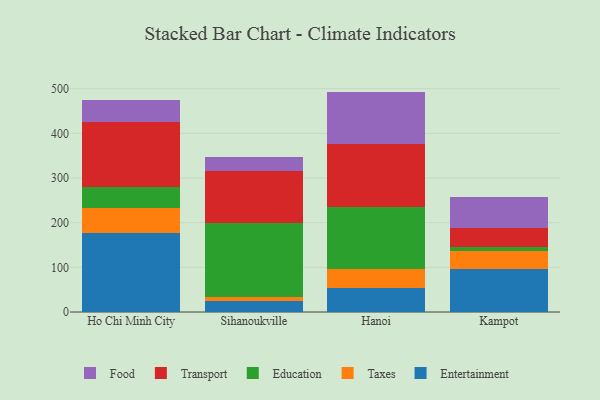
{"axis": {"x": "City", "y": "Humidity (%)"}, "legend": ["Education", "Entertainment", "Food", "Taxes", "Transport"], "data": [{"x": "Ho Chi Minh City", "y": 177.1, "type": "Entertainment"}, {"x": "Ho Chi Minh City", "y": 56.4, "type": "Taxes"}, {"x": "Ho Chi Minh City", "y": 45.6, "type": "Education"}, {"x": "Ho Chi Minh City", "y": 147.4, "type": "Transport"}, {"x": "Ho Chi Minh City", "y": 48.2, "type": "Food"}, {"x": "Sihanoukville", "y": 23.9, "type": "Entertainment"}, {"x": "Sihanoukville", "y": 10.1, "type": "Taxes"}, {"x": "Sihanoukville", "y": 165.1, "type": "Education"}, {"x": "Sihanoukville", "y": 116.4, "type": "Transport"}, {"x": "Sihanoukville", "y": 30.8, "type": "Food"}, {"x": "Hanoi", "y": 54.7, "type": "Entertainment"}, {"x": "Hanoi", "y": 42.7, "type": "Taxes"}, {"x": "Hanoi", "y": 137.8, "type": "Education"}, {"x": "Hanoi", "y": 140.0, "type": "Transport"}, {"x": "Hanoi", "y": 118.3, "type": "Food"}, {"x": "Kampot", "y": 95.2, "type": "Entertainment"}, {"x": "Kampot", "y": 40.7, "type": "Taxes"}, {"x": "Kampot", "y": 10.4, "type": "Education"}, {"x": "Kampot", "y": 40.9, "type": "Transport"}, {"x": "Kampot", "y": 69.2, "type": "Food"}]}